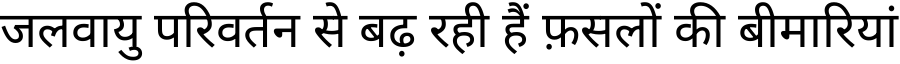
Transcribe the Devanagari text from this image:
जलवायु परिवर्तन से बढ़ रही हैं फ़सलों की बीमारियां